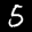
Label: 5